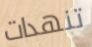
تنهدات